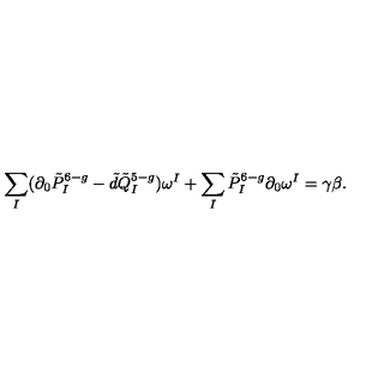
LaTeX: \sum _ { I } ( \partial _ { 0 } \tilde { P } _ { I } ^ { 6 - g } - \tilde { d } \tilde { Q } _ { I } ^ { 5 - g } ) \omega ^ { I } + \sum _ { I } \tilde { P } _ { I } ^ { 6 - g } \partial _ { 0 } \omega ^ { I } = \gamma \beta .